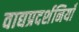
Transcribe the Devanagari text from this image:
वाद्यप्रदर्शनियाँ